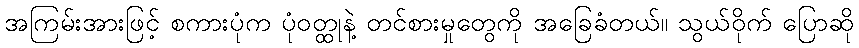
အကြမ်းအားဖြင့် စကားပုံက ပုံဝတ္ထုနဲ့ တင်စားမှုတွေကို အခြေခံတယ်။ သွယ်ဝိုက် ပြောဆို